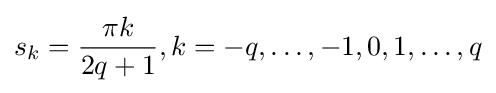
s_{k}={\frac {\pi k}{2q+1}},k=-q,\dots ,-1,0,1,\dots ,q